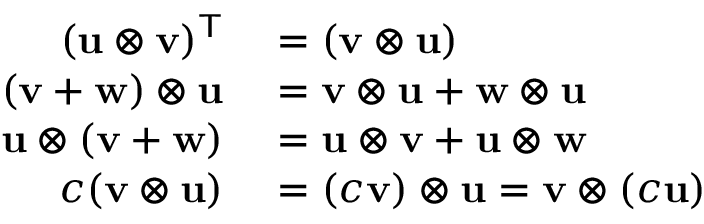
\begin{array} { r l } { ( \mathbf { u } \otimes \mathbf { v } ) ^ { \mathsf { T } } } & { { } = ( \mathbf { v } \otimes \mathbf { u } ) } \\ { ( \mathbf { v } + \mathbf { w } ) \otimes \mathbf { u } } & { { } = \mathbf { v } \otimes \mathbf { u } + \mathbf { w } \otimes \mathbf { u } } \\ { \mathbf { u } \otimes ( \mathbf { v } + \mathbf { w } ) } & { { } = \mathbf { u } \otimes \mathbf { v } + \mathbf { u } \otimes \mathbf { w } } \\ { c ( \mathbf { v } \otimes \mathbf { u } ) } & { { } = ( c \mathbf { v } ) \otimes \mathbf { u } = \mathbf { v } \otimes ( c \mathbf { u } ) } \end{array}